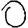
Digit: 0